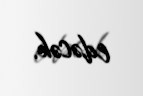
edəcək.